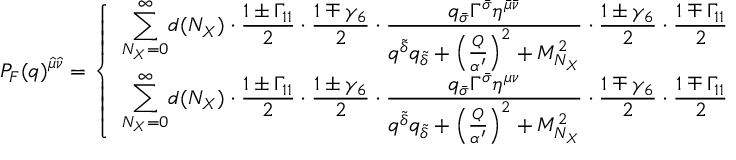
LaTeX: P _ { F } ( q ) ^ { { \hat { \mu } } { \hat { \nu } } } = \left\{ \begin{array} { l } { { \displaystyle { \sum _ { N _ { X } = 0 } ^ { \infty } } d ( N _ { X } ) \cdot { \frac { 1 \pm \Gamma _ { 1 1 } } { 2 } } \cdot { \frac { 1 \mp \gamma _ { 6 } } { 2 } } \cdot { \frac { q _ { \bar { \sigma } } \Gamma ^ { \bar { \sigma } } \eta ^ { { \bar { \mu } } { \bar { \nu } } } } { q ^ { \tilde { \delta } } q _ { \tilde { \delta } } + \left( { \frac { Q } { \alpha ^ { \prime } } } \right) ^ { 2 } + M _ { N _ { X } } ^ { 2 } } } \cdot { \frac { 1 \pm \gamma _ { 6 } } { 2 } } \cdot { \frac { 1 \mp \Gamma _ { 1 1 } } { 2 } } } } \\ { { \displaystyle { \sum _ { N _ { X } = 0 } ^ { \infty } } d ( N _ { X } ) \cdot { \frac { 1 \pm \Gamma _ { 1 1 } } { 2 } } \cdot { \frac { 1 \pm \gamma _ { 6 } } { 2 } } \cdot { \frac { q _ { \bar { \sigma } } \Gamma ^ { \bar { \sigma } } \eta ^ { { \mu } { \nu } } } { q ^ { \tilde { \delta } } q _ { \tilde { \delta } } + \left( { \frac { Q } { \alpha ^ { \prime } } } \right) ^ { 2 } + M _ { N _ { X } } ^ { 2 } } } \cdot { \frac { 1 \mp \gamma _ { 6 } } { 2 } } \cdot { \frac { 1 \mp \Gamma _ { 1 1 } } { 2 } } } } \end{array} \right.